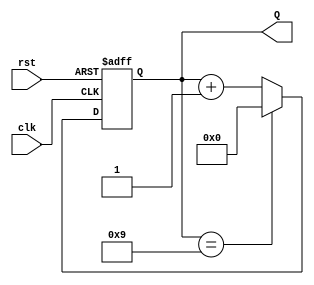
module bcd_asynchronous_counter (
    input wire clk,        // Clock input
    input wire rst,        // Asynchronous reset input
    output reg [3:0] Q     // BCD output (Q3, Q2, Q1, Q0)
);

    // Asynchronous reset and count logic
    always @(posedge clk or posedge rst) begin
        if (rst) begin
            Q <= 4'b0000;  // Reset the counter to 0
        end else begin
            if (Q == 4'b1001) begin
                Q <= 4'b0000;  // Roll over to 0 if counter reaches 10
            end else begin
                Q <= Q + 1;     // Increment the counter
            end
        end
    end
endmodule